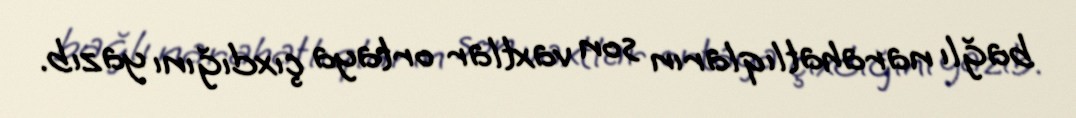
bağlı narahatlıqların son vaxtlar ortaya çıxdığını yazıb.